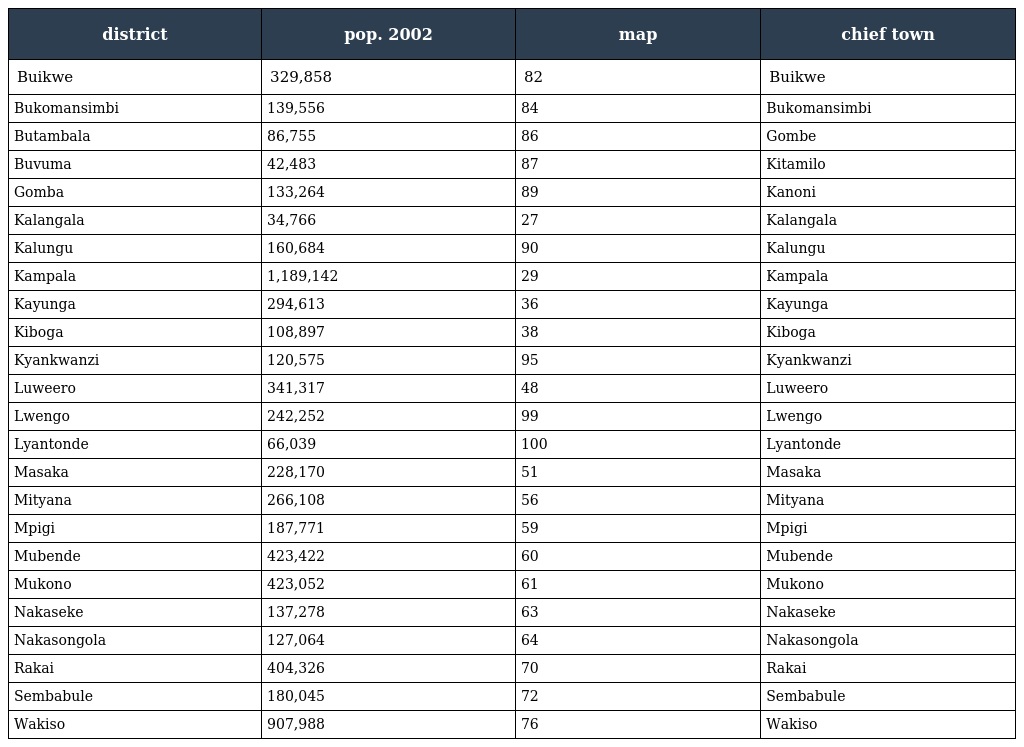
| district | pop. 2002 | map | chief town |
 | --- | --- | --- | --- |
 | Buikwe | 329,858 | 82 | Buikwe |
 | Bukomansimbi | 139,556 | 84 | Bukomansimbi |
 | Butambala | 86,755 | 86 | Gombe |
 | Buvuma | 42,483 | 87 | Kitamilo |
 | Gomba | 133,264 | 89 | Kanoni |
 | Kalangala | 34,766 | 27 | Kalangala |
 | Kalungu | 160,684 | 90 | Kalungu |
 | Kampala | 1,189,142 | 29 | Kampala |
 | Kayunga | 294,613 | 36 | Kayunga |
 | Kiboga | 108,897 | 38 | Kiboga |
 | Kyankwanzi | 120,575 | 95 | Kyankwanzi |
 | Luweero | 341,317 | 48 | Luweero |
 | Lwengo | 242,252 | 99 | Lwengo |
 | Lyantonde | 66,039 | 100 | Lyantonde |
 | Masaka | 228,170 | 51 | Masaka |
 | Mityana | 266,108 | 56 | Mityana |
 | Mpigi | 187,771 | 59 | Mpigi |
 | Mubende | 423,422 | 60 | Mubende |
 | Mukono | 423,052 | 61 | Mukono |
 | Nakaseke | 137,278 | 63 | Nakaseke |
 | Nakasongola | 127,064 | 64 | Nakasongola |
 | Rakai | 404,326 | 70 | Rakai |
 | Sembabule | 180,045 | 72 | Sembabule |
 | Wakiso | 907,988 | 76 | Wakiso |